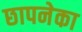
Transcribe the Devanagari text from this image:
छापनेका